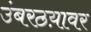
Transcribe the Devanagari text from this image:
उंबरठय़ावर